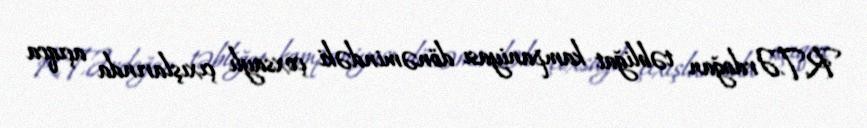
R.T.Ərdoğan təbliğat kampaniyası dönəmindəki çoxsaylı çıxışlarında açıqca